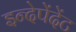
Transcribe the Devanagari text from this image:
इन्देपेंदेंट